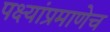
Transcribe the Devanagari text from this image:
पक्ष्यांप्रमाणेच